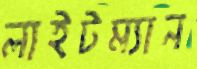
লাইটম্যান